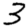
Digit: 3